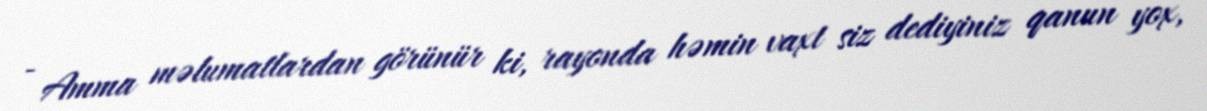
- Amma məlumatlardan görünür ki, rayonda həmin vaxt siz dediyiniz qanun yox,